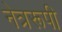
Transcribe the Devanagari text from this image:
नेत्ररूपी